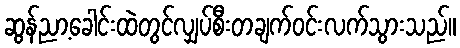
ဆွန်ညာ့ခေါင်းထဲတွင်လျှပ်စီးတချက်ဝင်းလက်သွားသည်။